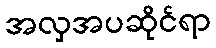
အလှအပဆိုင်ရာ